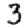
Digit: 3